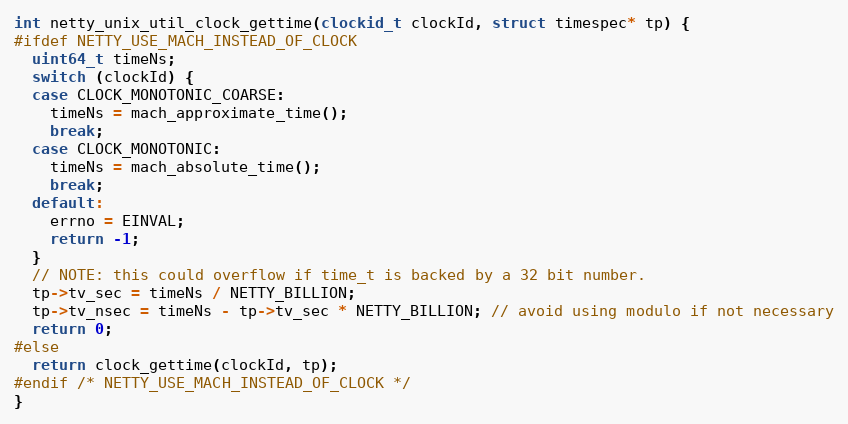
Language: C
int netty_unix_util_clock_gettime(clockid_t clockId, struct timespec* tp) {
#ifdef NETTY_USE_MACH_INSTEAD_OF_CLOCK
  uint64_t timeNs;
  switch (clockId) {
  case CLOCK_MONOTONIC_COARSE:
    timeNs = mach_approximate_time();
    break;
  case CLOCK_MONOTONIC:
    timeNs = mach_absolute_time();
    break;
  default:
    errno = EINVAL;
    return -1;
  }
  // NOTE: this could overflow if time_t is backed by a 32 bit number.
  tp->tv_sec = timeNs / NETTY_BILLION;
  tp->tv_nsec = timeNs - tp->tv_sec * NETTY_BILLION; // avoid using modulo if not necessary
  return 0;
#else
  return clock_gettime(clockId, tp);
#endif /* NETTY_USE_MACH_INSTEAD_OF_CLOCK */
}